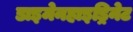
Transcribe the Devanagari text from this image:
डाइमेनहाइड्रिनेट